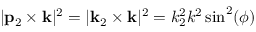
| { \bf p } _ { 2 } \times { \bf k } | ^ { 2 } = | { \bf k } _ { 2 } \times { \bf k } | ^ { 2 } = k _ { 2 } ^ { 2 } k ^ { 2 } \sin ^ { 2 } ( \phi )